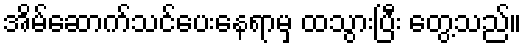
အိမ်ဆောက်သင်ပေးနေရာမှ ထသွားပြီး တွေ့သည်။